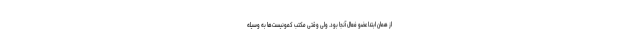
از همان ابتدا عضو فعال آنجا بود. ولی وقتی مکتب کمونیست‌ها به وسیله